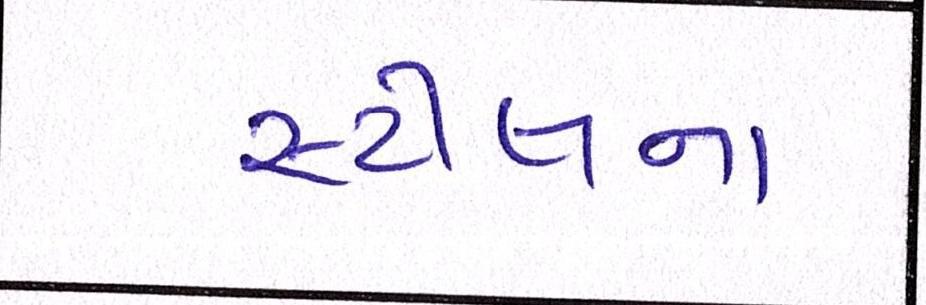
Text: સ્ટીલના